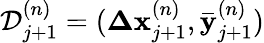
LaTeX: \mathcal{D}_{j+1}^{(n)}=(\mathbf{\Delta x}_{j+1}^{(n)},\mathbf{\bar{y}}_{j+1}^{(n)})